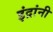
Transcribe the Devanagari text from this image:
इंद्रांनी